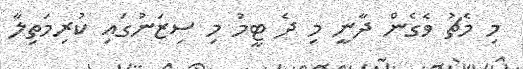
މި މެޗު ވެގެން ދާނީ މި ދެ ޓީމު މި ސިޒަނުގައި ކުރިމަތިލާ